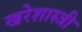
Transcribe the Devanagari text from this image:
खरेशास्त्री